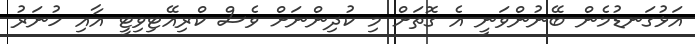
އަޅުގަނޑުމެން ބޭނުންވަނީ އެ ގޮތަށް މި ކުދިންނަށް ވެސް ކްރިއޭޓިވިޓީ އާއި ހުނަރު